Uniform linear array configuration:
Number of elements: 48
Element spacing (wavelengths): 1
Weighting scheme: hamming
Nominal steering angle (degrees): -30
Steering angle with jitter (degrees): -29.59
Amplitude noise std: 0.05
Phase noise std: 0.05

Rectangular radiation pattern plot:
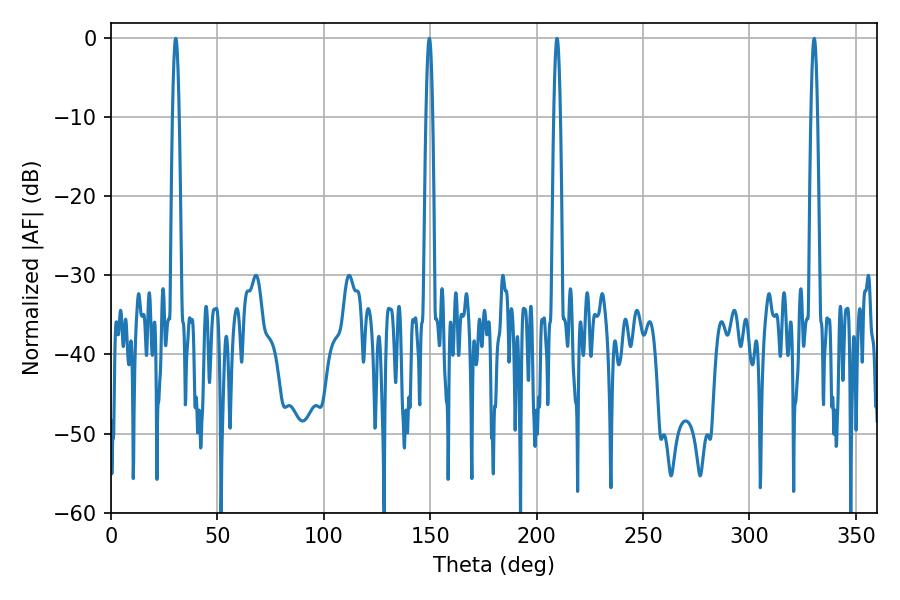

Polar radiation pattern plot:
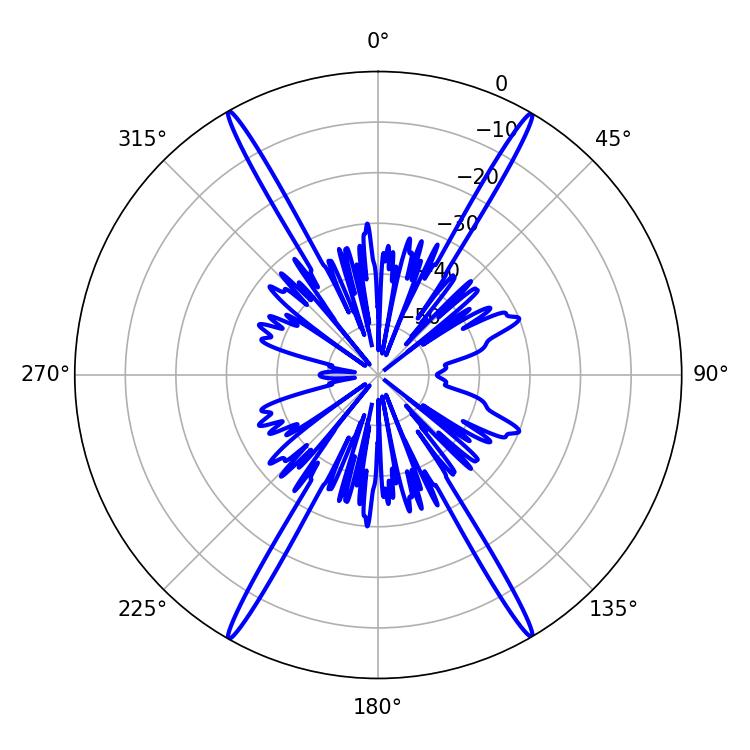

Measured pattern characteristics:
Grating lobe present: TRUE
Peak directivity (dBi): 32.024
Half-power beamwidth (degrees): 1.8
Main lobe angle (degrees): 30.42